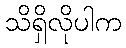
သိရှိလိုပါက